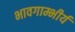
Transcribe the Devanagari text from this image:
भावगाम्भीर्य